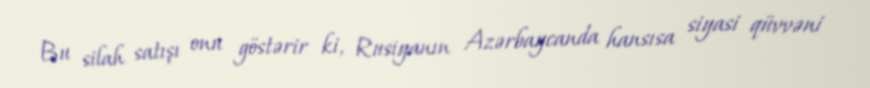
Bu silah satışı onu göstərir ki, Rusiyanın Azərbaycanda hansısa siyasi qüvvəni